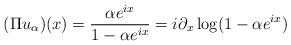
LaTeX: \begin{align*}(\Pi u_\alpha)(x) = \frac{\alpha e^{ix}}{1 - \alpha e^{ix}} = i \partial_x \log(1 - \alpha e^{ix})\end{align*}